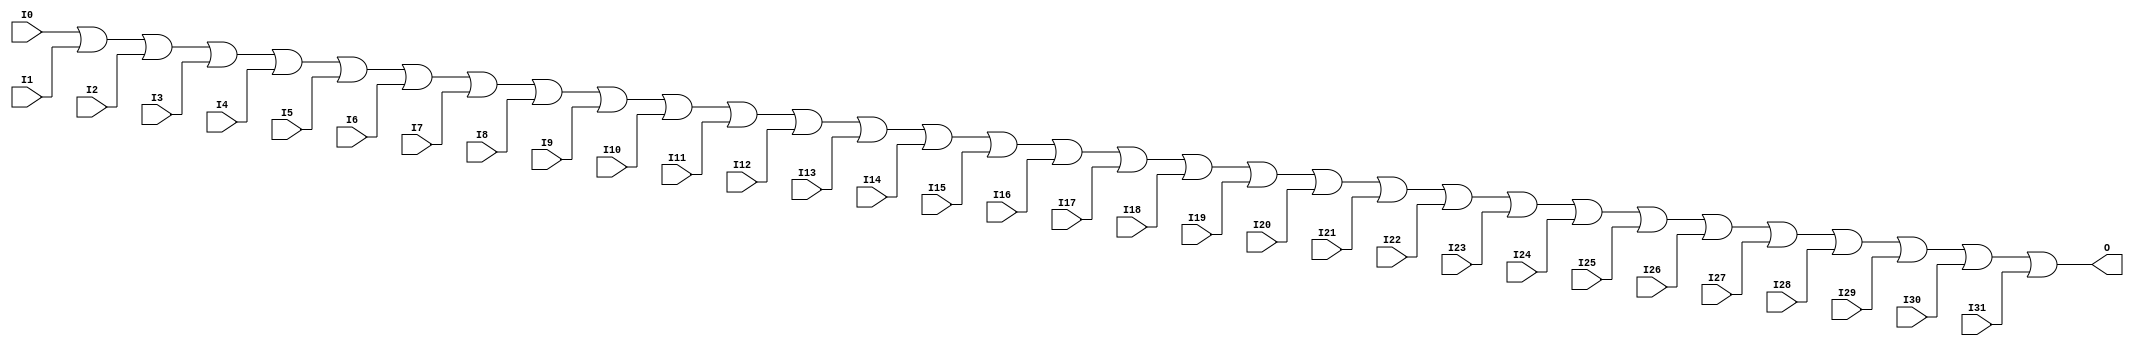
module X_OR32 (O, I0, I1, I2, I3, I4, I5, I6, I7,
               I8, I9, I10, I11, I12, I13, I14, I15,
               I16, I17, I18, I19, I20, I21, I22, I23,
               I24, I25, I26, I27, I28, I29, I30, I31);

  parameter LOC = "UNPLACED";
  output O;
  input I0, I1, I2, I3, I4, I5, I6, I7,
        I8, I9, I10, I11, I12, I13, I14, I15,
        I16, I17, I18, I19, I20, I21, I22, I23,
        I24, I25, I26, I27, I28, I29, I30, I31;

  or (O, I0, I1, I2, I3, I4, I5, I6, I7,
      I8, I9, I10, I11, I12, I13, I14, I15,
      I16, I17, I18, I19, I20, I21, I22, I23,
      I24, I25, I26, I27, I28, I29, I30, I31);

  specify

	(I0 => O) = (0:0:0, 0:0:0);
	(I1 => O) = (0:0:0, 0:0:0);
	(I2 => O) = (0:0:0, 0:0:0);
	(I3 => O) = (0:0:0, 0:0:0);
	(I4 => O) = (0:0:0, 0:0:0);
	(I5 => O) = (0:0:0, 0:0:0);
	(I6 => O) = (0:0:0, 0:0:0);
	(I7 => O) = (0:0:0, 0:0:0);
	(I8 => O) = (0:0:0, 0:0:0);
	(I9 => O) = (0:0:0, 0:0:0);
	(I10 => O) = (0:0:0, 0:0:0);
	(I11 => O) = (0:0:0, 0:0:0);
	(I12 => O) = (0:0:0, 0:0:0);
	(I13 => O) = (0:0:0, 0:0:0);
	(I14 => O) = (0:0:0, 0:0:0);
	(I15 => O) = (0:0:0, 0:0:0);
	(I16 => O) = (0:0:0, 0:0:0);
	(I17 => O) = (0:0:0, 0:0:0);
	(I18 => O) = (0:0:0, 0:0:0);
	(I19 => O) = (0:0:0, 0:0:0);
	(I20 => O) = (0:0:0, 0:0:0);
	(I21 => O) = (0:0:0, 0:0:0);
	(I22 => O) = (0:0:0, 0:0:0);
	(I23 => O) = (0:0:0, 0:0:0);
	(I24 => O) = (0:0:0, 0:0:0);
	(I25 => O) = (0:0:0, 0:0:0);
	(I26 => O) = (0:0:0, 0:0:0);
	(I27 => O) = (0:0:0, 0:0:0);
	(I28 => O) = (0:0:0, 0:0:0);
	(I29 => O) = (0:0:0, 0:0:0);
	(I30 => O) = (0:0:0, 0:0:0);
	(I31 => O) = (0:0:0, 0:0:0);

	specparam PATHPULSE$ = 0;

  endspecify

endmodule